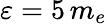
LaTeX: \varepsilon=5\, m_{e}